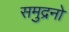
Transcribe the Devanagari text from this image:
समुद्रनो